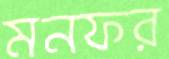
মনফর